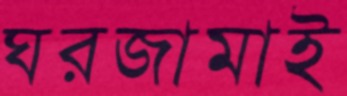
ঘরজামাই